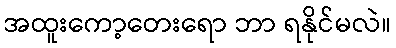
အထူးကော့တေးရော ဘာ ရနိုင်မလဲ။